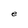
Character: e